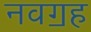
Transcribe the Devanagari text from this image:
नवॻह